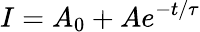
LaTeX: I=A_{0}+Ae^{-t/\tau}